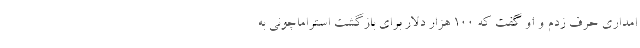
امداری حرف زدم و او گفت که 100 هزار دلار برای بازگشت استراماچونی به